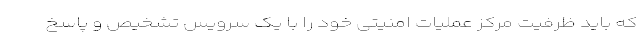
که باید ظرفیت مرکز عملیات امنیتی خود را با یک سرویس تشخیص و پاسخ